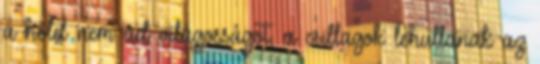
a hold nem ad világosságot, a csillagok lehullanak az